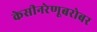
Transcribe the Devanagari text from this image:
केसीनरेणूबरोबर